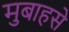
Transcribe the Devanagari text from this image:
मुबाहसे